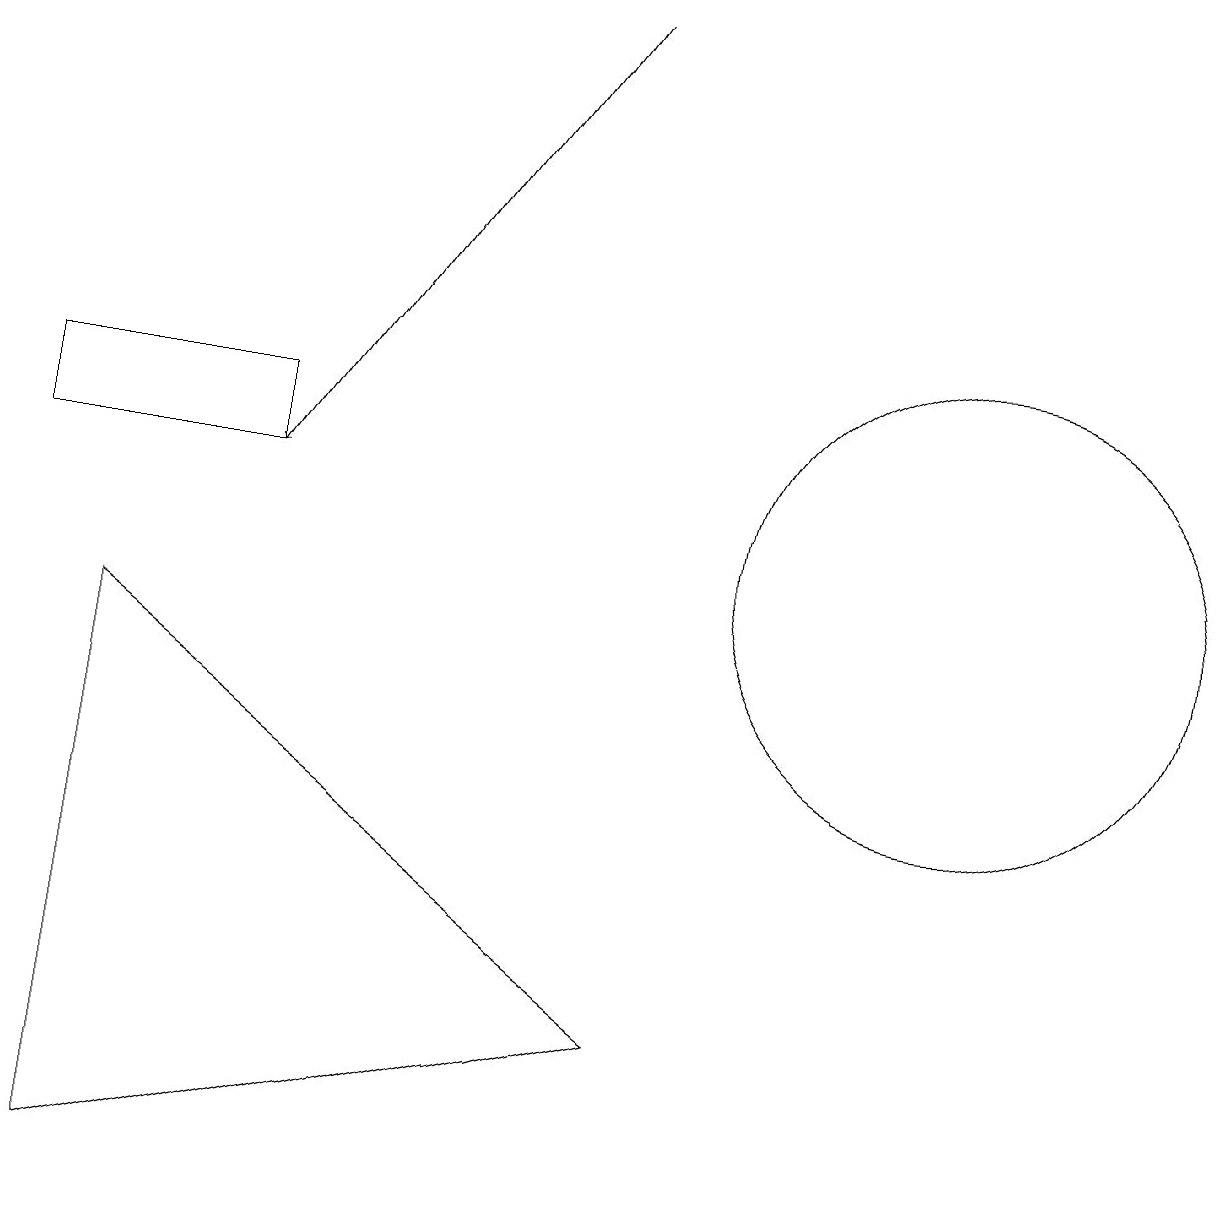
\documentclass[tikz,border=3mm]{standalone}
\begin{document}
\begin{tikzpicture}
\draw (1,9) -- (1,2) -- (8,4) -- cycle;
\draw (3,12) rectangle (0,11);
\draw[->] (7,17) -- (3,11);
\draw (12,10) circle (3);
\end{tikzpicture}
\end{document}